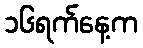
၁၆ရက်နေ့က